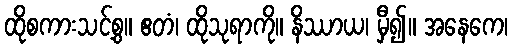
ထိုစကားသင့်စွ။ ဧတံ၊ ထိုသုရာကို။ နိဿာယ၊ မှီ၍။ အနေကေ၊